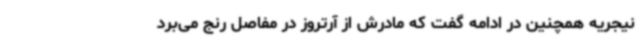
نیجریه همچنین در ادامه گفت که مادرش از آرتروز در مفاصل رنج می‌برد